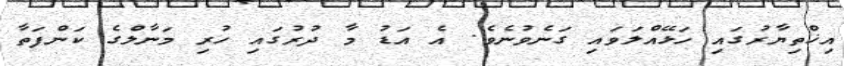
އިޚްތިޔާރުގައި ހަޅޭއްލަވައި ގަނެވުނެވެ. އެ އަޑު މާ ދުރުގައި ހުރި މަނާލްގެ ކަންފަތާ